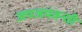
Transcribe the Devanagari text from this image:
जयजयवन्ती